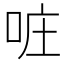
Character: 𠲕